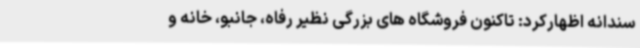
سندانه اظهارکرد: تاکنون فروشگاه های بزرگی نظیر رفاه، جانبو، خانه و